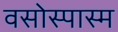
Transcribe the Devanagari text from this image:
वसोस्पास्म